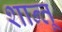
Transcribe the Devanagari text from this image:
शान्तू